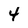
Character: 4